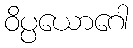
ဝိပ္ပယောဂေါ